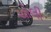
ચોલી